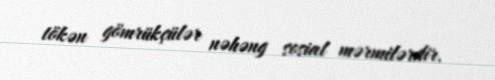
tökən gömrükçülər nəhəng sosial mərmilərdir.